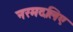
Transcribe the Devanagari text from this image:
नरमदलिए